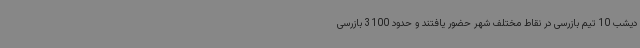
دیشب 10 تیم بازرسی در نقاط مختلف شهر حضور یافتند و حدود 3100 بازرسی